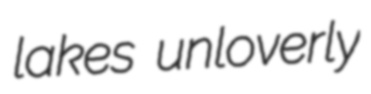
lakes unloverly